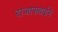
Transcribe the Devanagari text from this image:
राजासबाईने